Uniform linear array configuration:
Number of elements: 64
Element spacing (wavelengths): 1
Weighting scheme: blackman
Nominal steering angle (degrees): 15
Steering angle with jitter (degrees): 14.895
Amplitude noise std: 0.05
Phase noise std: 0.05

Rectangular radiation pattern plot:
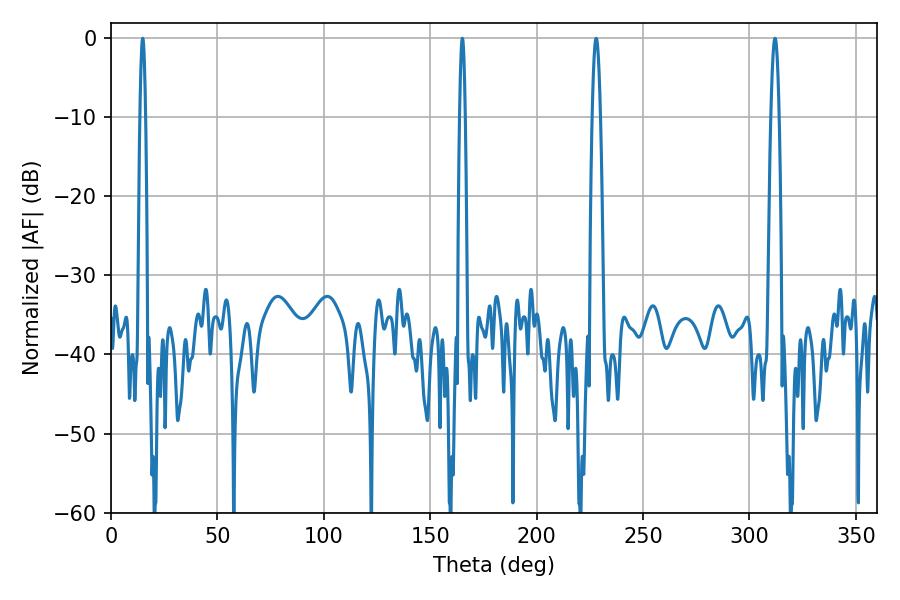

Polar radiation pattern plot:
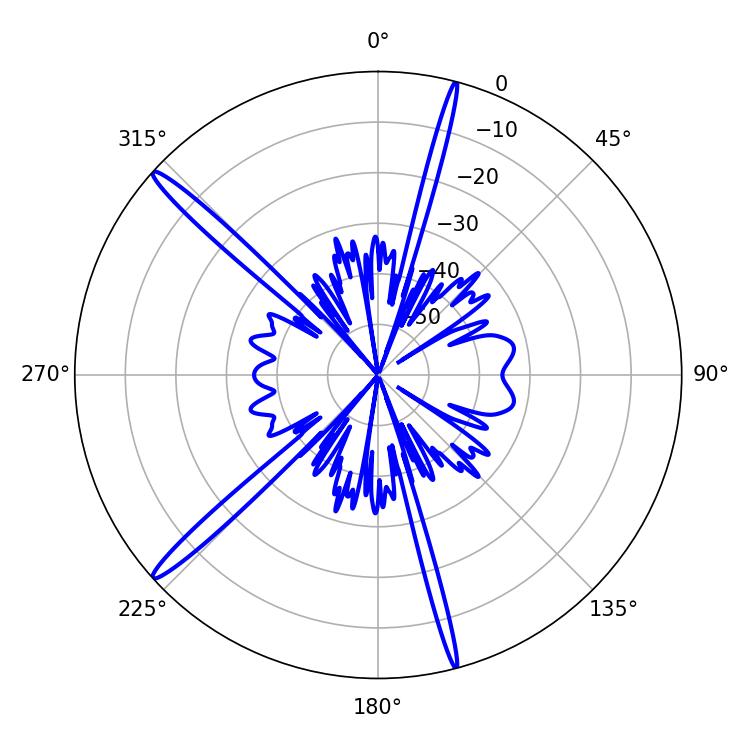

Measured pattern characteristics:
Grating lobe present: TRUE
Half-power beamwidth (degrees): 1.44
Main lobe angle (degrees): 165.06